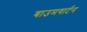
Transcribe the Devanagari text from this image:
बाउमगार्टन